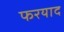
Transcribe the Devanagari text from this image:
फरयाद